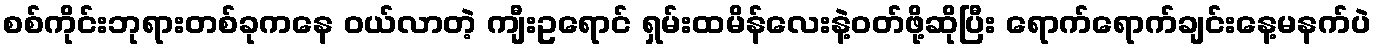
စစ်ကိုင်းဘုရားတစ်ခုကနေ ၀ယ်လာတဲ့ ကျီးဥရောင် ရှမ်းထမိန်လေးနဲ့၀တ်ဖို့ဆိုပြီး ရောက်ရောက်ချင်းနေ့မနက်ပဲ